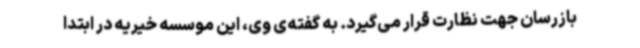
بازرسان جهت نظارت قرار می‌گیرد. به گفته‌ی وی، این موسسه خیریه در ابتدا